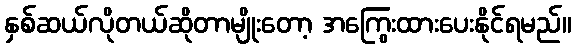
နှစ်ဆယ်လိုတယ်ဆိုတာမျိုးတော့ အကြွေးထားပေးနိုင်ရမည်။